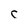
Character: c